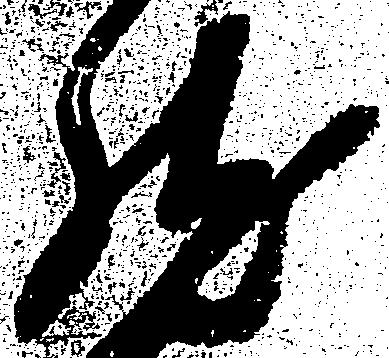
然